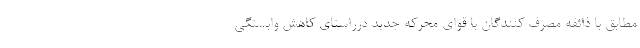
مطابق با ذائقه مصرف کنندگان با قوای محرکه جدید درراستای کاهش وابستگی